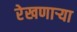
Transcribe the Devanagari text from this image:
रेखणाऱ्या